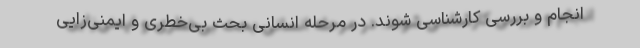
انجام و بررسی کارشناسی شوند. در مرحله انسانی بحث بی‌خطری و ایمنی‌زایی